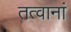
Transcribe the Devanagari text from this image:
तत्वानां